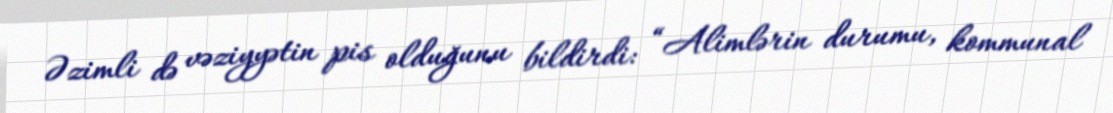
Əzimli də vəziyyətin pis olduğunu bildirdi: “Alimlərin durumu, kommunal